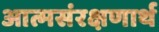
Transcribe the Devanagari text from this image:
आत्मसंरक्षणार्थ